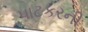
પાટકરની